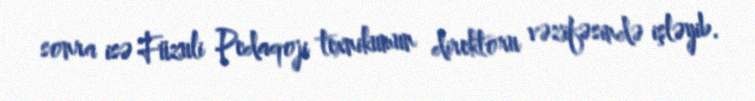
sonra isə Füzuli Pedaqoji texnikumun direktoru vəzifəsində işləyib.